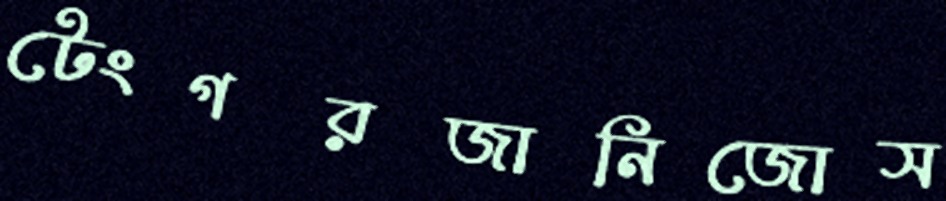
টেংগরজানিজোস